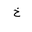
Letter: _kha